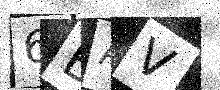
Text: 6BAV